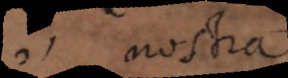
(1) nostra